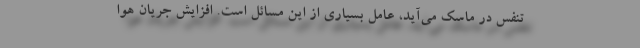
تنفس در ماسک می‌آید، عامل بسیاری از این مسائل است. افزایش جریان هوا